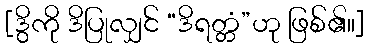
[ဒွိကို ဒိပြုလျှင် “ဒိရတ္တံ”ဟု ဖြစ်၏။]